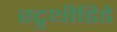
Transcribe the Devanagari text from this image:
स्ट्रुथीडिडे